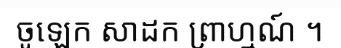
ចូឡេក សាដក ព្រាហ្មណ៍ ។